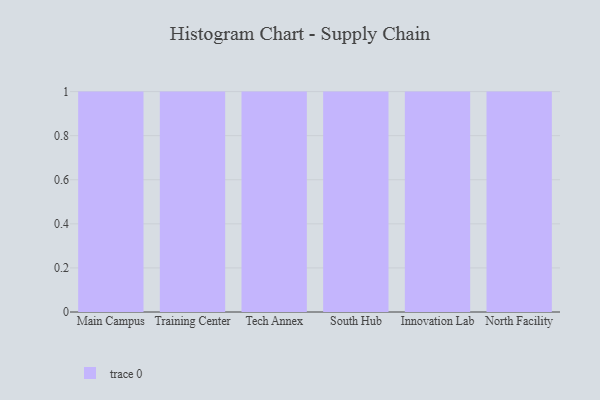
{"axis": {"x": "Campus", "y": "Waste Production (Tons)"}, "legend": [""], "data": [{"x": "Main Campus", "y": 89, "type": ""}, {"x": "Training Center", "y": 24, "type": ""}, {"x": "Tech Annex", "y": 99, "type": ""}, {"x": "South Hub", "y": 55, "type": ""}, {"x": "Innovation Lab", "y": 24, "type": ""}, {"x": "North Facility", "y": 11, "type": ""}]}